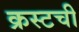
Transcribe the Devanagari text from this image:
क्रस्टची